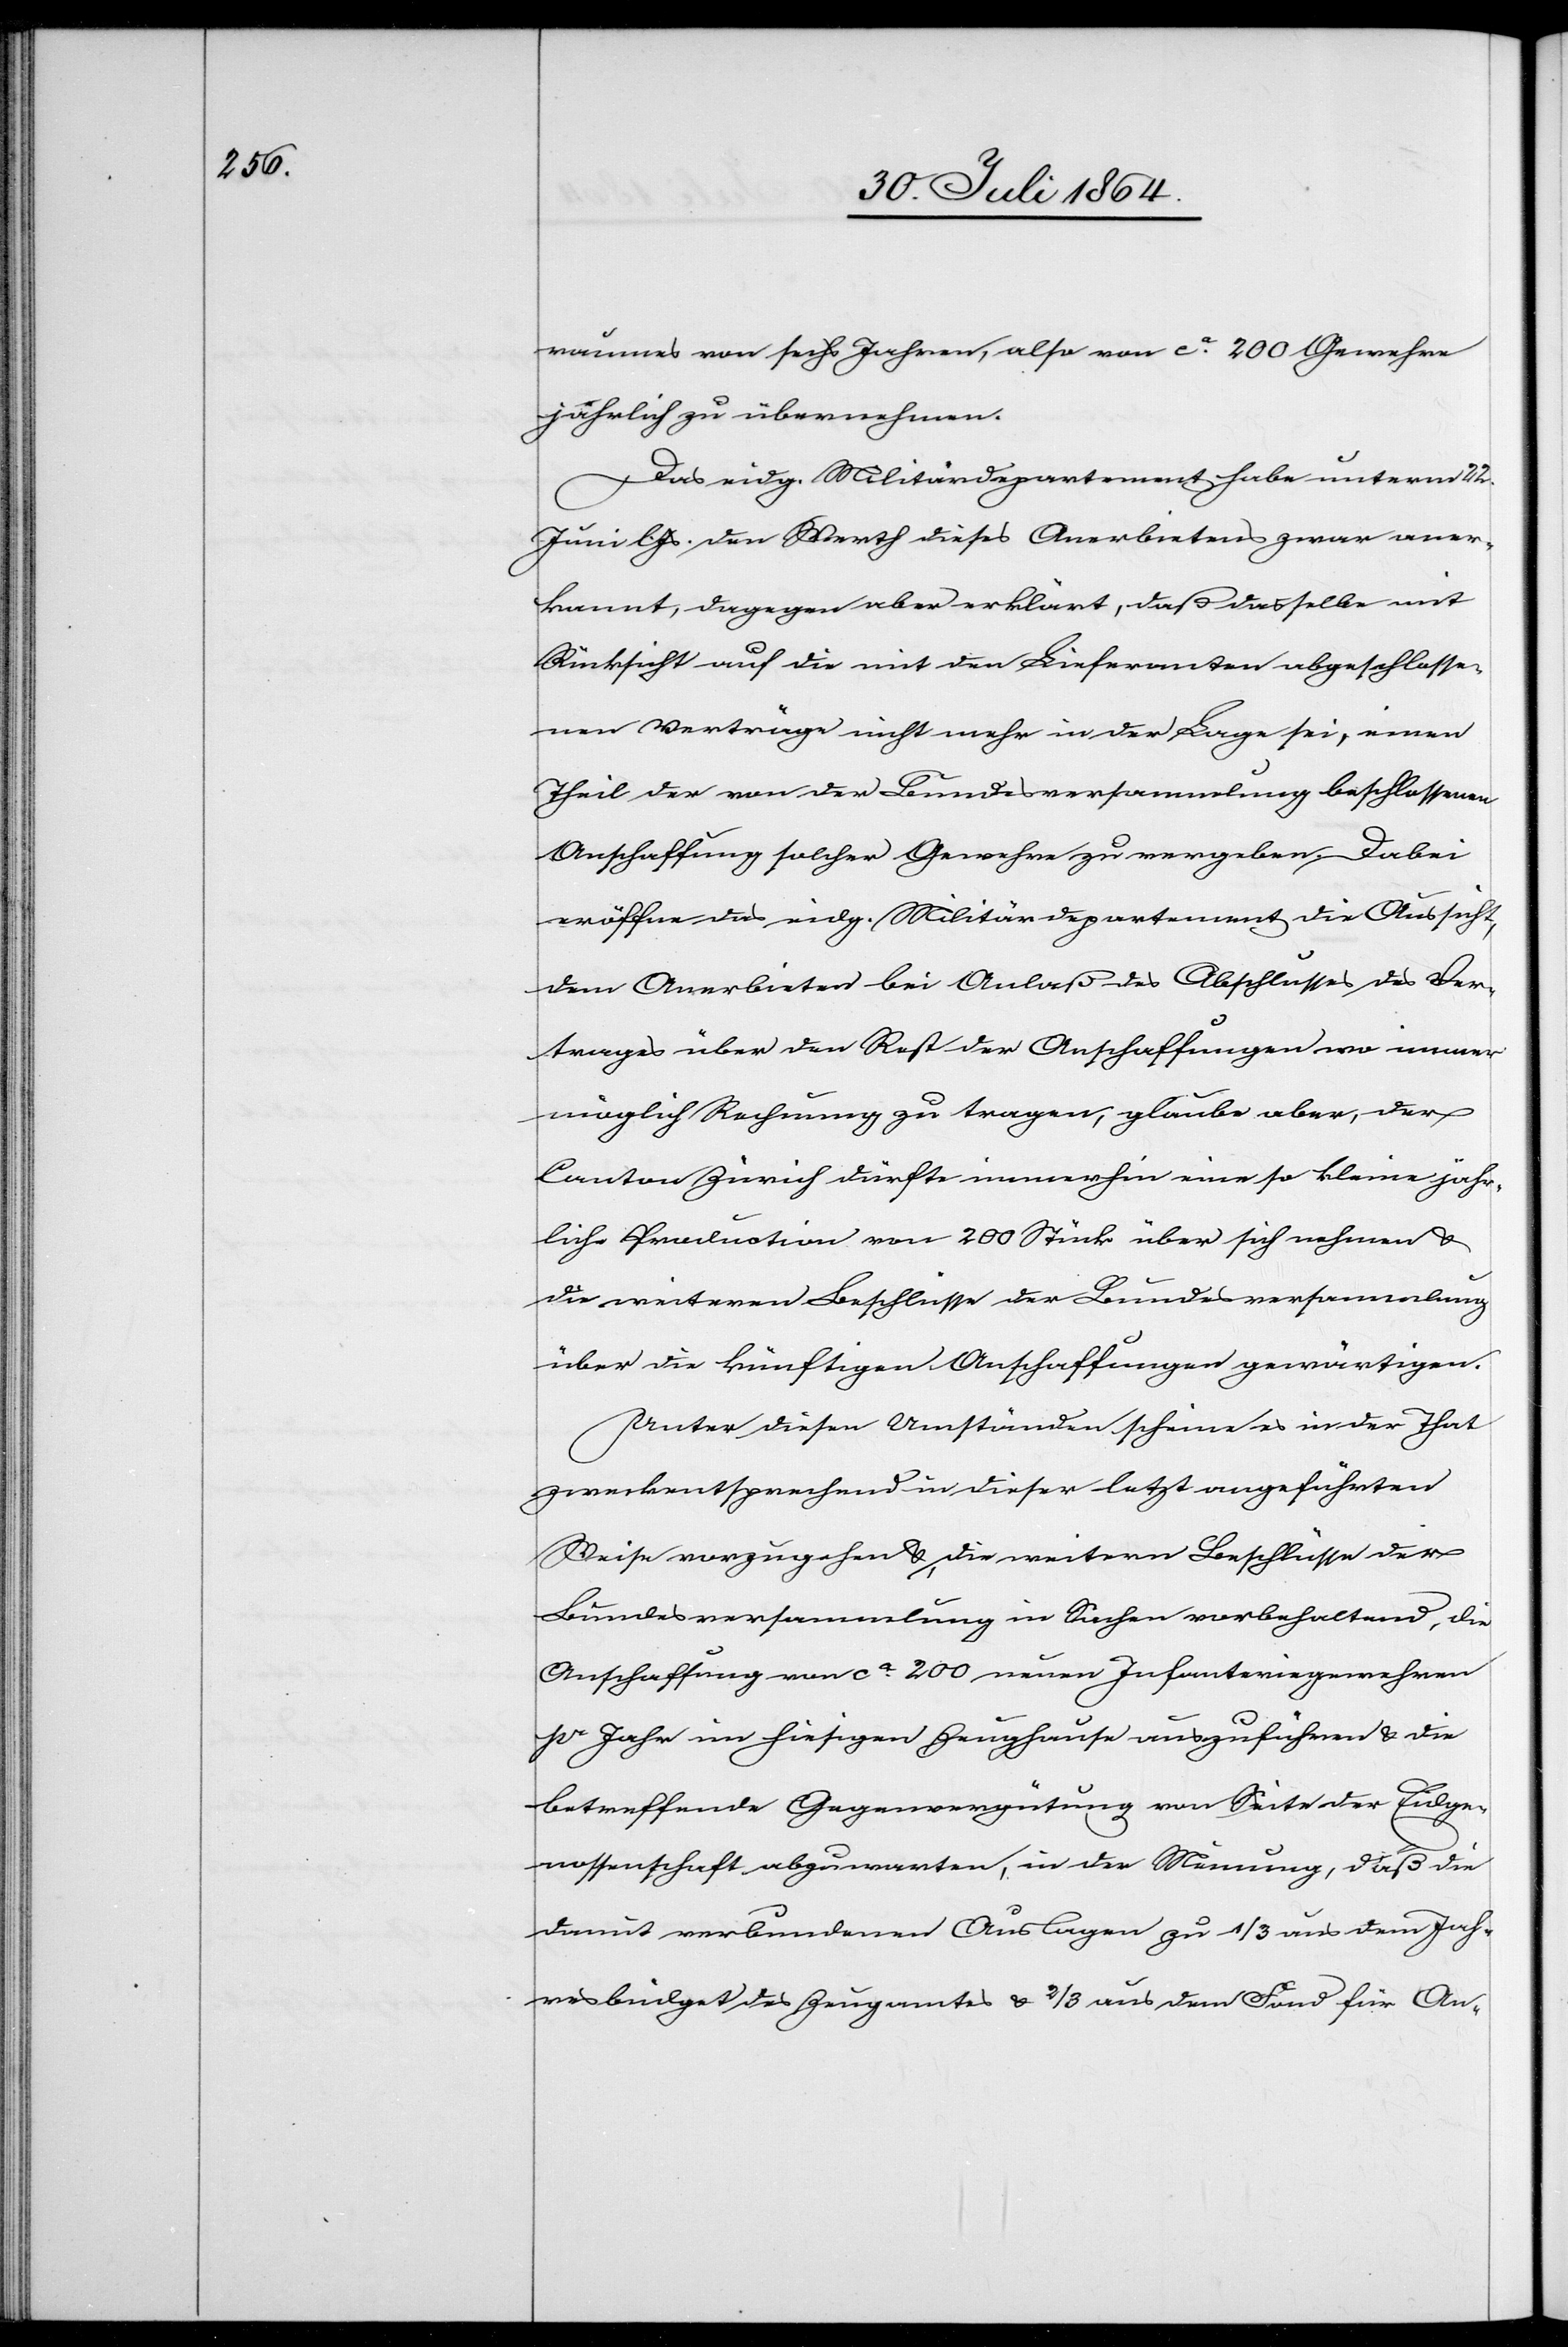
raumes von sechs Jahren, also von ca. 200 Gewehre[n]
jährlich zu übernehmen.
Das eidg. Militärdepartement habe unterm 22.
Juni l. Js. den Werth dieses Anerbietens zwar aner¬
kannt, dagegen aber erklärt, daß dasselbe mit
Rücksicht auf die mit den Lieferanten abgeschlosse¬
nen Verträge nicht mehr in der Lage sei, einen
Theil der von der Bundesversammlung beschlossenen
Anschaffung solcher Gewehre zu vergeben. Dabei
eröffne das eidg. Militärdepartement die Aussicht,
dem Anerbieten bei Anlaß den Abschlusses des Ver¬
trages über den Rest der Anschaffungen wo immer
möglich Rechnung zu tragen, glaube aber, der
Canton Zürich dürfte immerhin eine so kleine jähr¬
liche Production von 200 Stück über sich nehmen &
die weiteren Beschlüsse der Bundesversammlung
über die künftigen Anschaffungen gewärtigen.
Unter diesen Umständen scheine es in der That
zweckentsprechend in dieser letzt angeführten
Weise vorzugehen & die weiteren Beschlüsse der
Bundesversammlung in Sachen vorbehaltend, die
Anschaffung von ca. 200 neuen Infanteriegewehren
pr Jahr im hiesigen Zeughause auszuführen & die
betreffende Gegenvergütung von Seite der Eidge¬
nossenschaft abzuwarten, in der Meinung, daß die
damit verbundenen Auslagen zu 1/3 aus dem Jah¬
resbudget des Zeugamtes & 2/3 aus dem Fond für An-